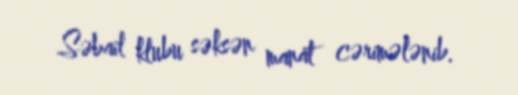
Səbail klubu səksən manat cərimələnib.